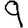
Digit: 9